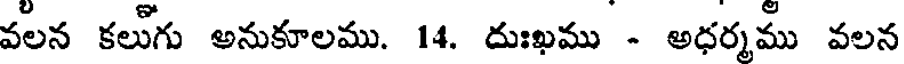
వలన కలుగు అనుకూలము. 14. దుఃఖము - అధర్మము వలన